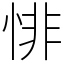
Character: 悱